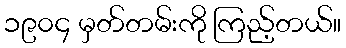
၁၉၀၄ မှတ်တမ်းကို ကြည့်တယ်။